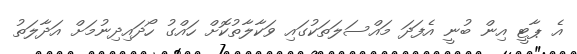
އެ ޕާޓީ އިން ބުނީ އެފަދަ މައްސަލަތަކުގައި ވަކާލާތުކޮށް ހައްގު ހޯދައިދިނުމަށް އަދާލަތު